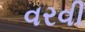
વરવી